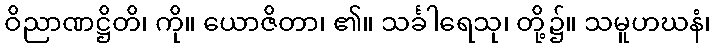
ဝိညာဏဋ္ဌိတိ၊ ကို။ ယောဇိတာ၊ ၏။ သင်္ခါရေသု၊ တို့၌။ သမူဟဃနံ၊